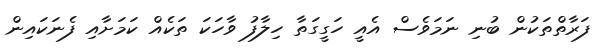
ފަރާތްތަކުން ބުނި ނަމަވެސް އެއީ ހަގީގަތާ ހިލާފު ވާހަކަ ތަކެއް ކަމަށާއި ފެނަކައިން